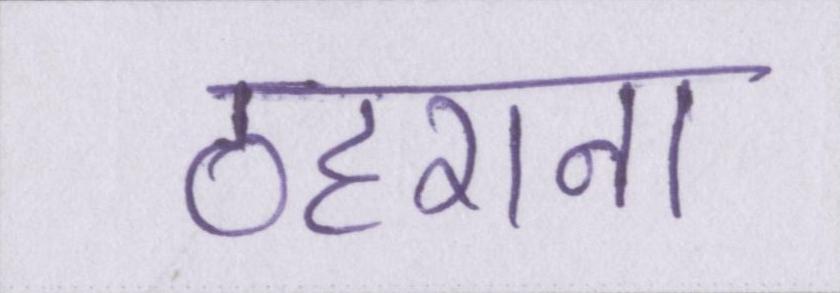
ठहराना